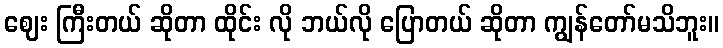
ဈေး ကြီးတယ် ဆိုတာ ထိုင်း လို ဘယ်လို ပြောတယ် ဆိုတာ ကျွန်တော်မသိဘူး။